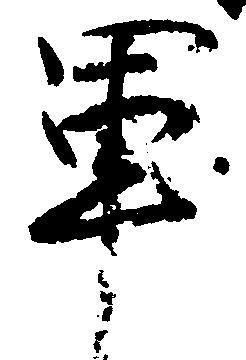
軍